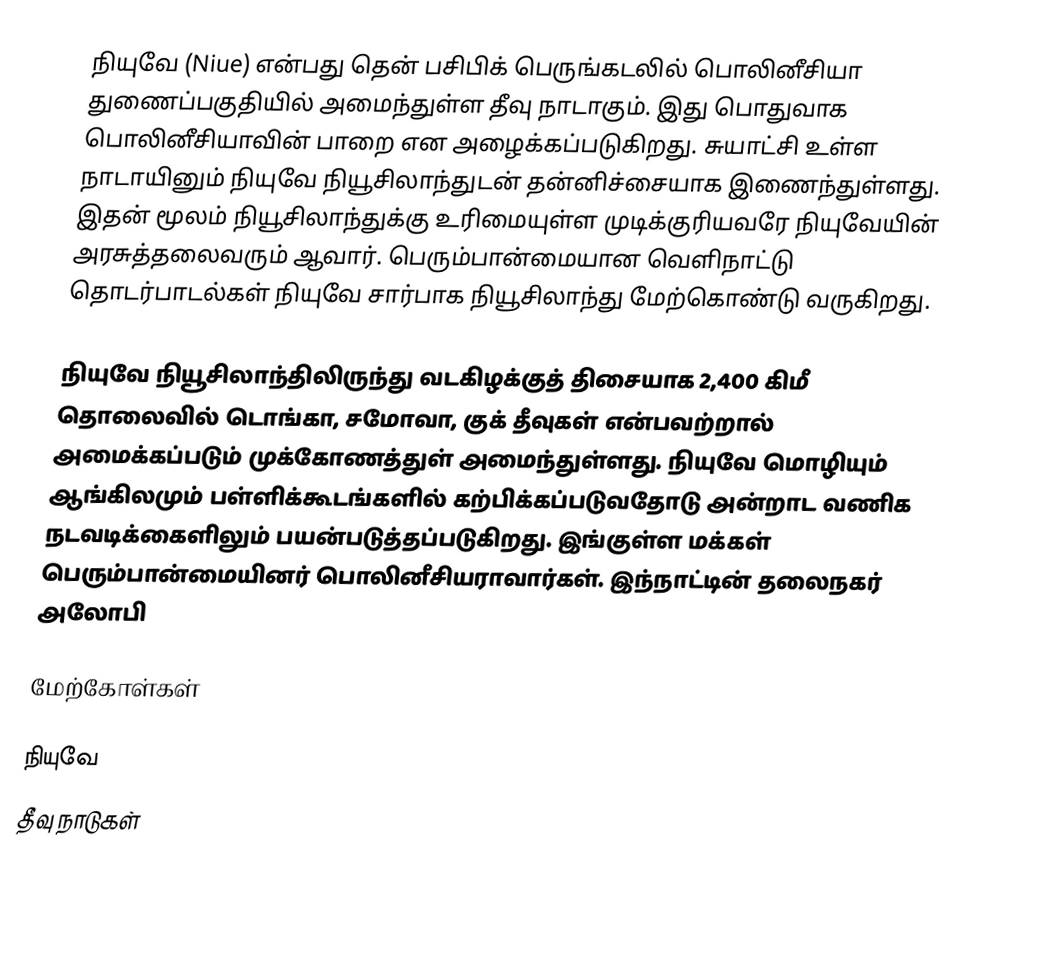
நியுவே (Niue) என்பது தென் பசிபிக் பெருங்கடலில் பொலினீசியா துணைப்பகுதியில் அமைந்துள்ள தீவு நாடாகும். இது பொதுவாக பொலினீசியாவின் பாறை என அழைக்கப்படுகிறது. சுயாட்சி உள்ள நாடாயினும் நியுவே நியூசிலாந்துடன் தன்னிச்சையாக இணைந்துள்ளது. இதன் மூலம் நியூசிலாந்துக்கு உரிமையுள்ள முடிக்குரியவரே நியுவேயின் அரசுத்தலைவரும் ஆவார். பெரும்பான்மையான வெளிநாட்டு தொடர்பாடல்கள் நியுவே சார்பாக நியூசிலாந்து மேற்கொண்டு வருகிறது.

நியுவே நியூசிலாந்திலிருந்து வடகிழக்குத் திசையாக 2,400 கிமீ தொலைவில் டொங்கா, சமோவா, குக் தீவுகள் என்பவற்றால் அமைக்கப்படும் முக்கோணத்துள் அமைந்துள்ளது. நியுவே மொழியும் ஆங்கிலமும் பள்ளிக்கூடங்களில் கற்பிக்கப்படுவதோடு அன்றாட வணிக நடவடிக்கைளிலும் பயன்படுத்தப்படுகிறது. இங்குள்ள மக்கள் பெரும்பான்மையினர் பொலினீசியராவார்கள். இந்நாட்டின் தலைநகர் அலோபி

மேற்கோள்கள்

நியுவே
தீவு நாடுகள்